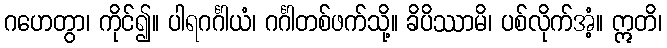
ဂဟေတွာ၊ ကိုင်၍။ ပါရဂင်္ဂါယံ၊ ဂင်္ဂါတစ်ဖက်သို့။ ခိပိဿာမိ၊ ပစ်လိုက်အံ့။ ဣတိ၊